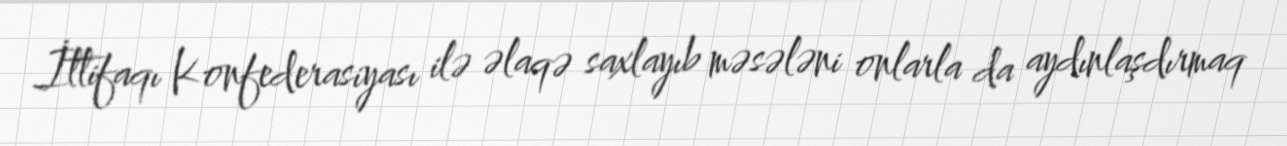
İttifaqı Konfederasiyası ilə əlaqə saxlayıb məsələni onlarla da aydınlaşdırmaq